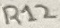
Text: R12